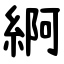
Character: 䋪